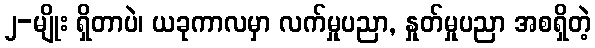
၂-မျိုး ရှိတာပဲ၊ ယခုကာလမှာ လက်မှုပညာ, နှုတ်မှုပညာ အစရှိတဲ့